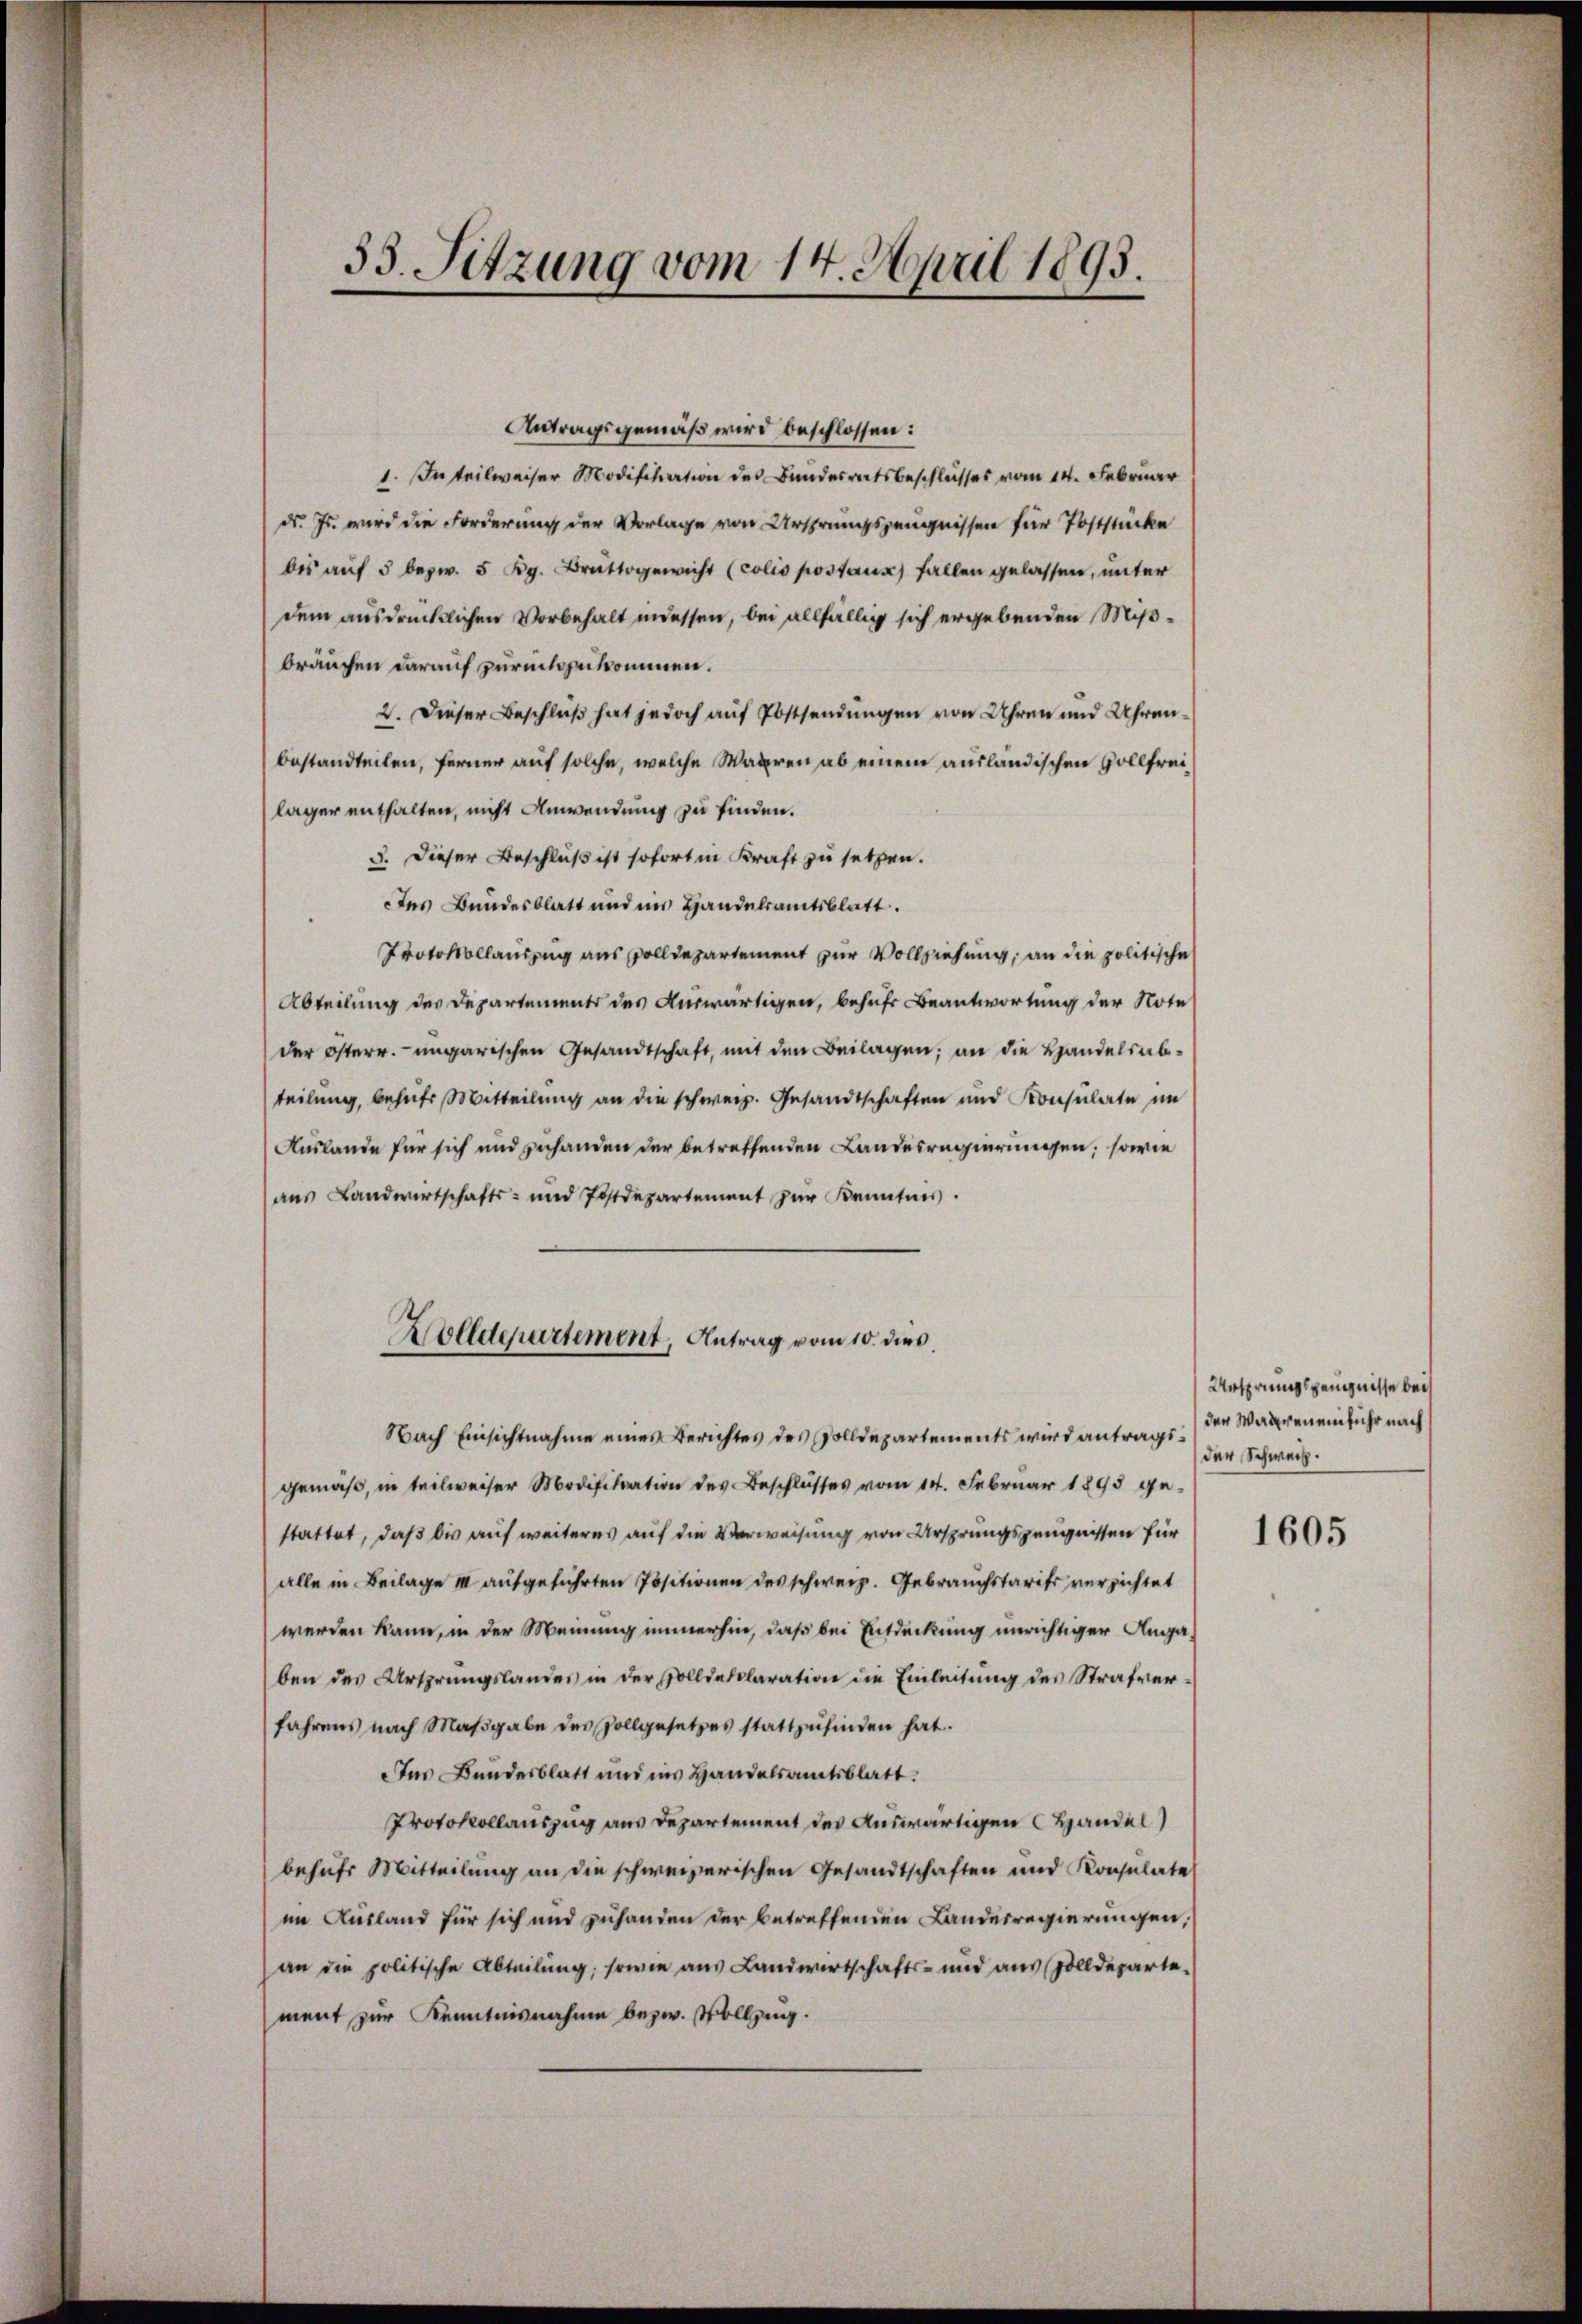
35. Sitzung vom 14. April 1893.

Antragsgemäß wird beschlossen:
1. In teilweiser Modifikation des Bundesratsbeschlusses vom 14. Februar
d. Js. wird die Forderung der Vorlage von Ursprungszeugnissen für Poststücke
bis auf 5 bezw. 5 Kg. Brattogewicht (colio postaus fallen gelassen, unter
dem ausdrücklichen Vorbehalt indessen, bei allfällig sich ergebenden Mißbräuchen darauf zurückgekommen.
2. Dieser Beschluß hat jedoch auf Postsendungen von Uhren und Uhrenbestandteilen, ferner auf solche, welche Waaren ab einem ausländischen Vollfreiläger enthalten, nicht Anwendung zu finden.
3. Dieser Beschluß ist sofort in Kraft zu setzen.
Des Bundesblatt und im Handelsamtsblatt.
Protokollauszug aus solldepartement zur Vollziehung, an die politische
Abteilung des Departement des Auswärtigen, behufs Beantwortung der Note
der Österr. ungarischen Gesandtschaft, mit den Beilagen; an die Handelsabteilung, behufs Mitteilung an die schweiz. Gesandtschaften und Konsulate im
Auslande für sich und zuhanden der betreffenden Landesregierungen; sowie
aus Landwirtschafts- und Postdepartement zur Kenntnis.
Rolldepartement, Antrag vom 10. dies
Nach Einsichtnahme eines Berichtes des Zolldepartements wird antragsgemäß, in teilweiser Modifikation des Beschlusses vom 14. Februar 1895 gestattet, daß bis auf weiteres auf die Verweisung von Ursprungszeugnissen für
alle in Beilage III aufgeführten Positionen des schweiz. Gebrauchstarife versichtet
werden kann, in der Meinung immerhin, daß bei Entdeckung unrichtiger Anga
ben des Ursprungslandes in der Solldeklaration die Einleitung des Strafverfahrens nach Maßgabe des Zollgesetzes stattzufinden hat.
Das Bundesblatt und ins Handelsamtsblatt.
Protokollauszug aus Departement des Auswärtigen Handel
behufs Mitteilung an die schweizerischen Gesandtschaften und Konsulate
im Ausland für sich und zuhanden der betreffenden Landesregierungen,
an die politische Abteilŭng, sowie aŭs Landwirtschafts- und aus Zolldeparte-
ment zur Kenntnisnahme bezw. Vollzung.

Ursprungszeugnisse beis
der Wageneinfuhr nach
der Schweiz.

1605